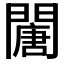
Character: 𨶈